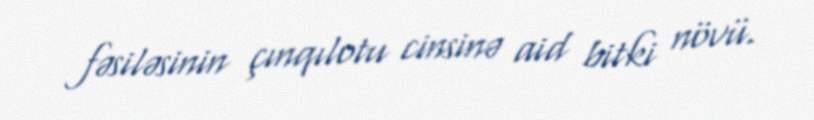
fəsiləsinin çınqılotu cinsinə aid bitki növü.